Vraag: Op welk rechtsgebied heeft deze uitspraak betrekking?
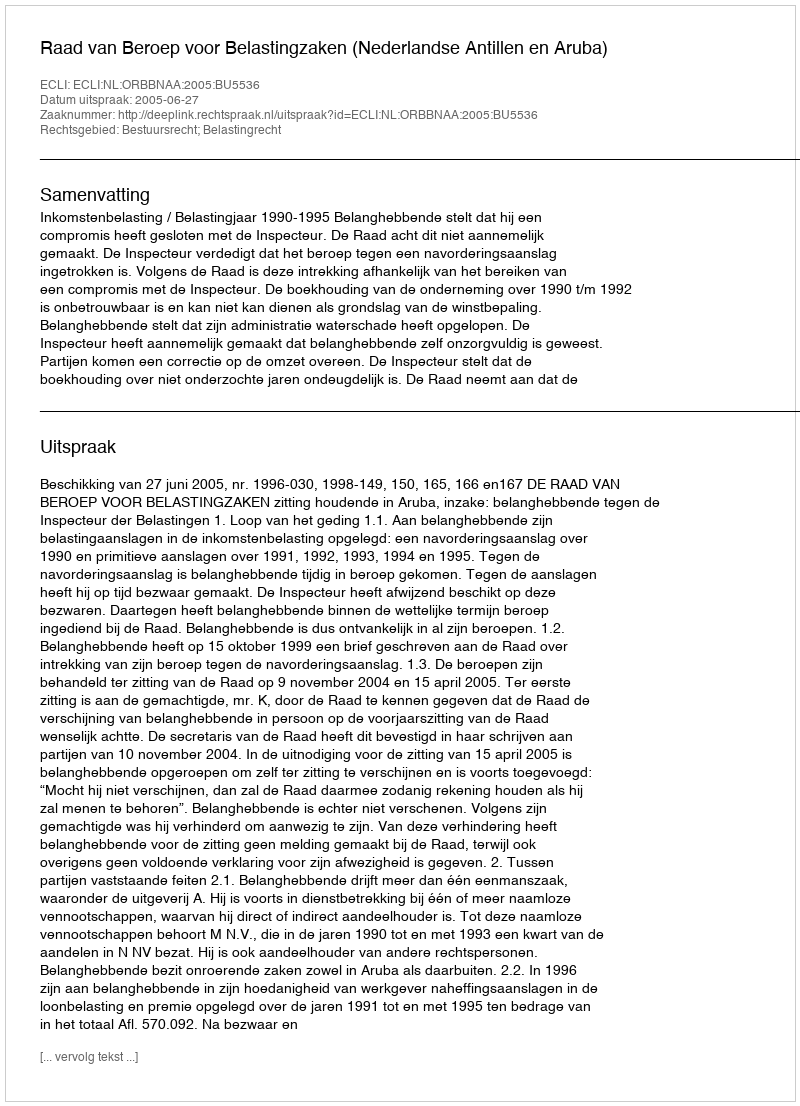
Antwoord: Bestuursrecht; Belastingrecht